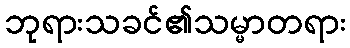
ဘုရားသခင်၏သမ္မာတရား